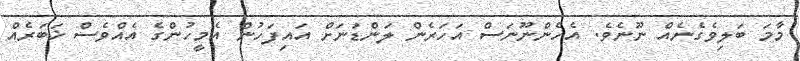
މާމަ ބަލިވެގެނެއް ނޫނެވެ. އެހެންނޫނަސް އަހަރެން ލަންޑަނަށް އައިފަހުން އެމީހުންގެ އެއްވެސް ޚަބަރެއް